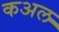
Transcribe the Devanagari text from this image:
कअल